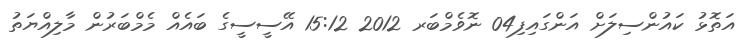
އަތޮޅު ކައުންސިލަށް އަންގައިފި04 ނޮވެމްބަރ 2012 15:12 އޭސީސީގެ ބައެއް މެމްބަރުން މާލިއްޔަތު